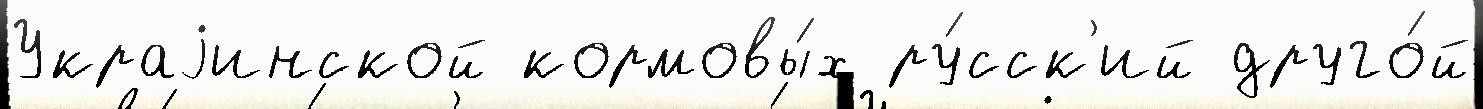
Украjинской кормовы́х ру́сск'ий друго́й